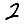
Digit: 2